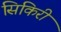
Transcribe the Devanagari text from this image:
सिकिरी